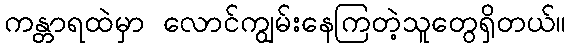
ကန္တာရထဲမှာ လောင်ကျွမ်းနေကြတဲ့သူတွေရှိတယ်။